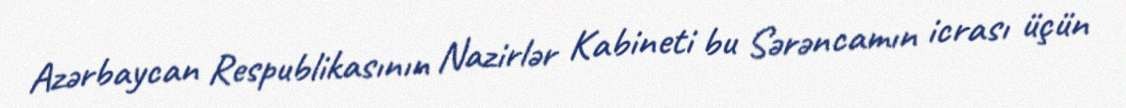
Azərbaycan Respublikasının Nazirlər Kabineti bu Sərəncamın icrası üçün